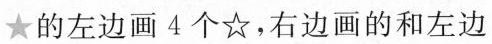
★的左边画4个☆，右边画的和左边